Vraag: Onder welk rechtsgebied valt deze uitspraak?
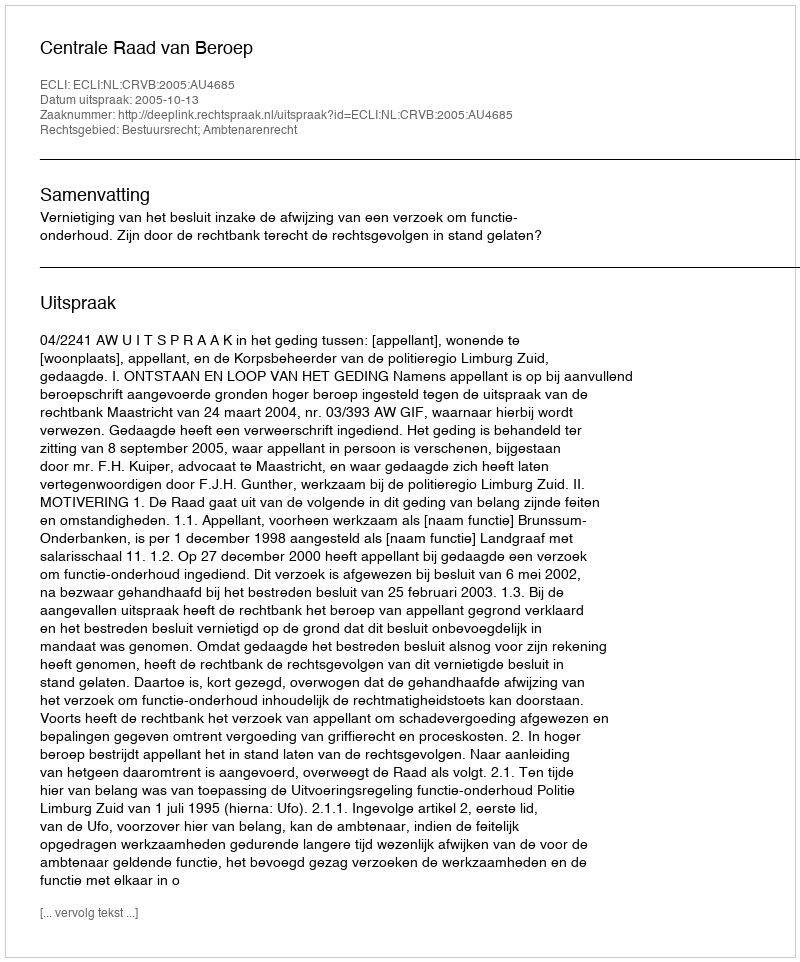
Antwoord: Bestuursrecht; Ambtenarenrecht